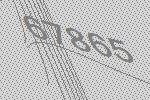
67865